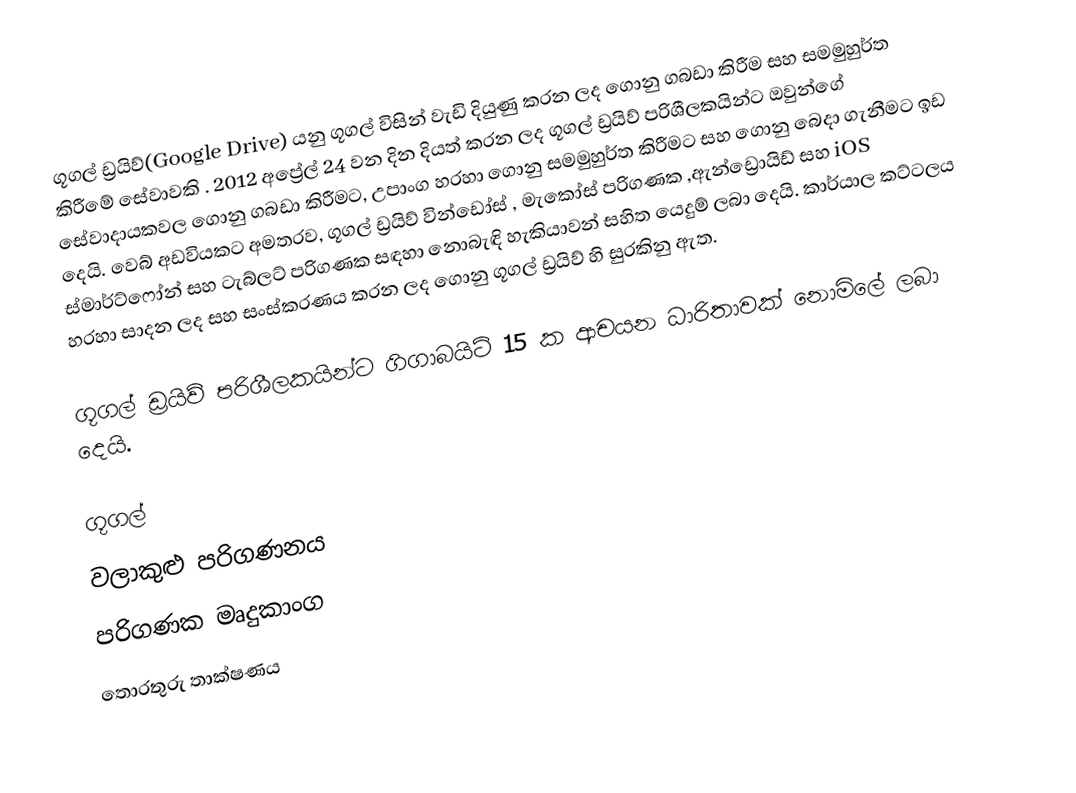
ගූගල් ඩ්‍රයිව්(Google Drive) යනු ගූගල් විසින් වැඩි දියුණු කරන ලද ගොනු ගබඩා කිරීම සහ සමමුහුර්ත කිරීමේ සේවාවකි . 2012 අප්‍රේල් 24 වන දින දියත් කරන ලද ගූගල් ඩ්‍රයිව් පරිශීලකයින්ට ඔවුන්ගේ සේවාදායකවල ගොනු ගබඩා කිරීමට, උපාංග හරහා ගොනු සමමුහුර්ත කිරීමට සහ ගොනු බෙදා ගැනීමට ඉඩ දෙයි. වෙබ් අඩවියකට අමතරව, ගූගල් ඩ්‍රයිව් වින්ඩෝස් , මැකෝස් පරිගණක ,ඇන්ඩ්‍රොයිඩ් සහ iOS ස්මාර්ට්ෆෝන් සහ ටැබ්ලට් පරිගණක සඳහා නොබැඳි හැකියාවන් සහිත යෙදුම් ලබා දෙයි. කාර්යාල කට්ටලය හරහා සාදන ලද සහ සංස්කරණය කරන ලද ගොනු ගූගල් ඩ්‍රයිව් හි සුරකිනු ඇත.

ගූගල් ඩ්‍රයිව් පරිශීලකයින්ට ගිගාබයිට් 15 ක ආචයන ධාරිතාවක් නොමිලේ ලබා දෙයි.

ගූගල්
වලාකුළු පරිගණනය
පරිගණක මෘදුකාංග
තොරතුරු තාක්ෂණය